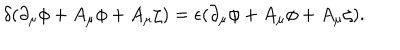
LaTeX: \delta ( \partial _ { \mu } \phi + A _ { \mu } \phi + A _ { \mu } \zeta ) = \epsilon ( \partial _ { \mu } \phi + A _ { \mu } \phi + A _ { \mu } \zeta ) .